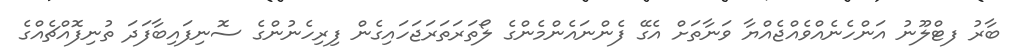
ބާރު ފޓްލޫނު އަންހެނެއްވެއްޖެއްޔާ ވަނާތަށް އެގޭ ފެންނައެންމެންގެ ލޯތަރަތަރަޖަހައިގެން ފިރިހެނުންގެ ސޮނިފައިބާފަދަ ތުނިފޮއްޗެއްގެ